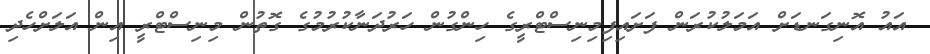
އައު އޮނިގަނޑަށް އަމަލުކުރަން ފަށައިފިމިނިސްޓްރީގެ ހިންގުން ހަރުދަނާކުރުމުގެ ގޮތުން މިނިސްޓްރީ އިން އަލަށްހެދި